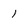
Character: 1